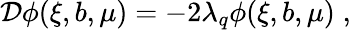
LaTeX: {\cal D}\phi(\xi,b,\mu)=-2\lambda_{q}\phi(\xi,b,\mu)\; ,